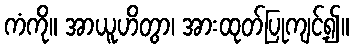
ကံကို။ အာယူဟိတွာ၊ အားထုတ်ပြုကျင့်၍။